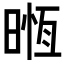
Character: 𣈶